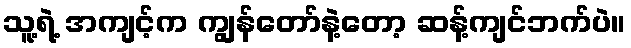
သူ့ရဲ့ အကျင့်က ကျွန်တော်နဲ့တော့ ဆန့်ကျင်ဘက်ပဲ။